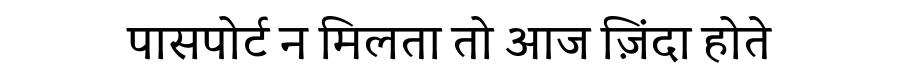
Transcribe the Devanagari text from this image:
पासपोर्ट न मिलता तो आज ज़िंदा होते